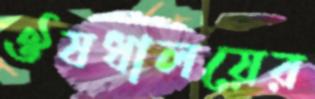
ঔষধালয়ের